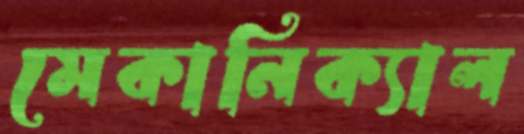
মেকানিক্যাল